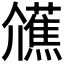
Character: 𭀐